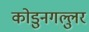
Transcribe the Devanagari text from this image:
कोडुनगल्लुर